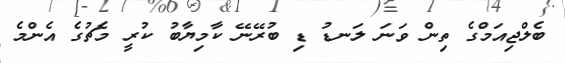
ބެލްޖިއަމްގެ ތިން ވަނަ ލަނޑު ޑި ބުރޭނޭ ކާމިޔާބު ކުރީ މެޗުގެ އެންމެ